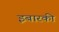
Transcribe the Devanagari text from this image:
इबारकी